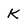
Character: K